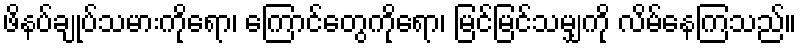
ဖိနပ်ချုပ်သမားကိုရော၊ ကြောင်တွေကိုရော၊ မြင်မြင်သမျှကို လိမ်နေကြသည်။